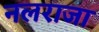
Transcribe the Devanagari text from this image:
नलराजा